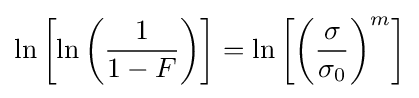
\ln \left[\ln \left({\frac {1}{1-F}}\right)\right]=\ln \left[\left({\frac {\sigma }{\sigma _{0}}}\right)^{m}\right]